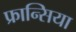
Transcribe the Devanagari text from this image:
फ्रान्सिया